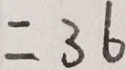
= 3 6